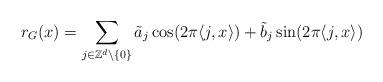
LaTeX: \begin{align*} r_G(x)=\sum_{j\in\mathbb{Z}^d\backslash\{0\}}\tilde{a}_j\cos(2\pi\langle j,x\rangle)+\tilde{b}_j\sin(2\pi\langle j,x\rangle)\end{align*}